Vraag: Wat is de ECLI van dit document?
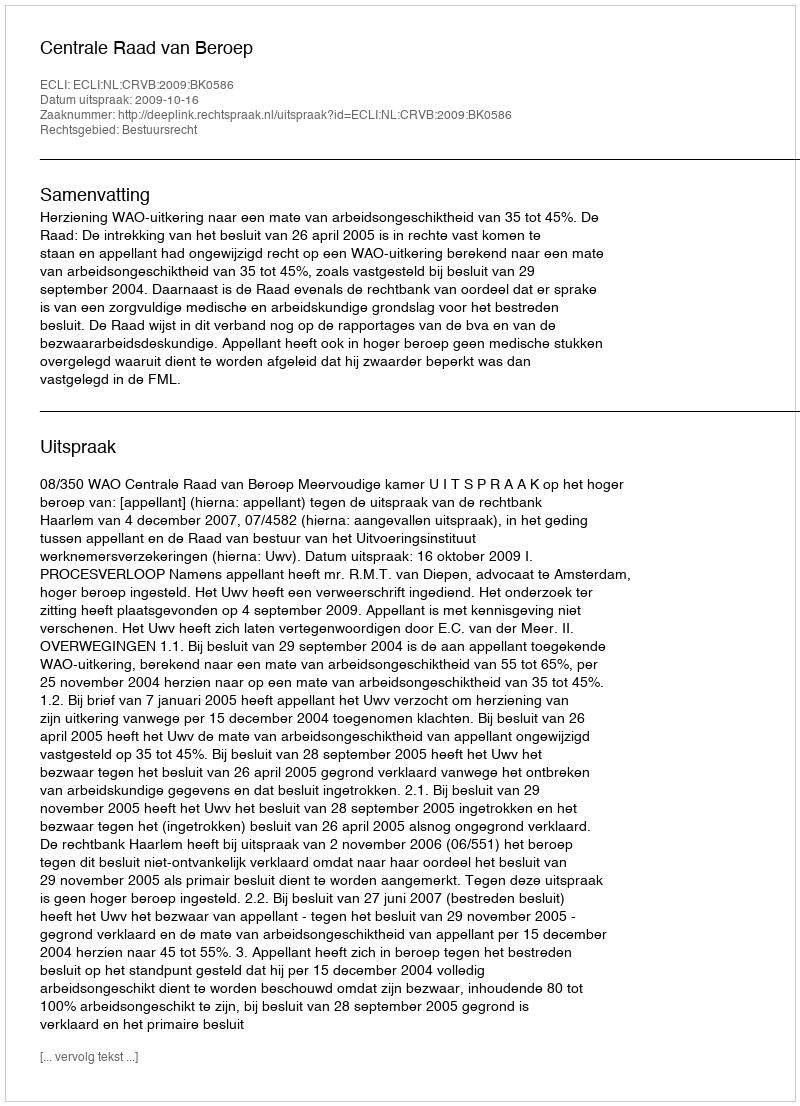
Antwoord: ECLI:NL:CRVB:2009:BK0586